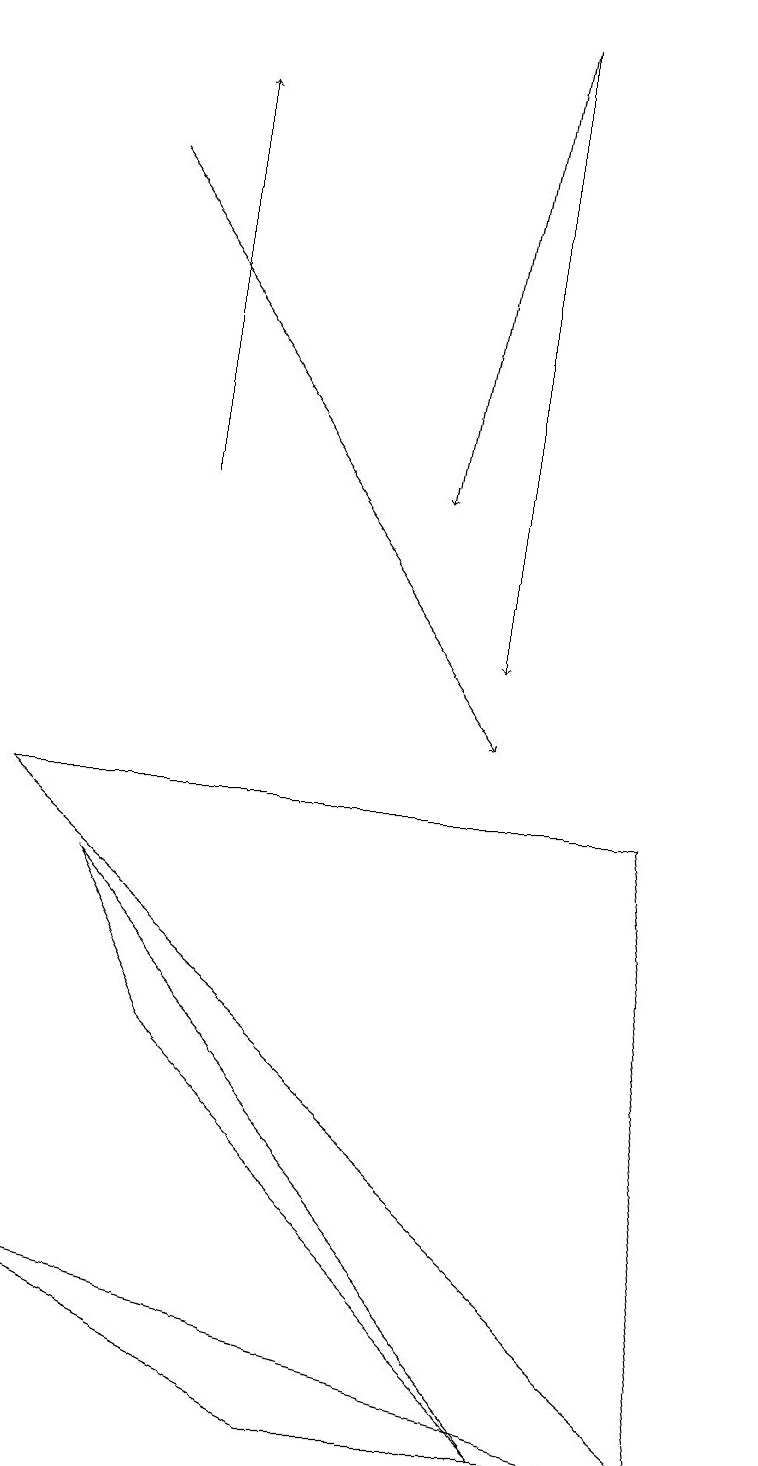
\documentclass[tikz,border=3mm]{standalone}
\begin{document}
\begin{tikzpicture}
\draw[->] (1,17) -- (6,10);
\draw (4,1) -- (0,3) -- (8,1) -- cycle;
\draw (2,6) -- (7,1) -- (1,8) -- cycle;
\draw (9,1) -- (0,9) -- (8,9) -- cycle;
\draw (6,13) rectangle (6,15);
\draw[->] (6,19) -- (6,11);
\draw[->] (2,13) -- (2,18);
\draw[->] (6,19) -- (5,13);
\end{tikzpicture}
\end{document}